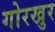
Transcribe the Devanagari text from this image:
गोरखुर